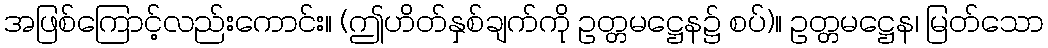
အဖြစ်ကြောင့်လည်းကောင်း။ (ဤဟိတ်နှစ်ချက်ကို ဥတ္တမဋ္ဌေန၌ စပ်)။ ဥတ္တမဋ္ဌေန၊ မြတ်သော